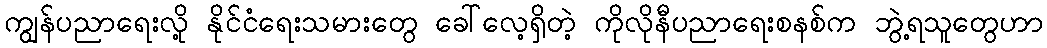
ကျွန်ပညာရေးလို့ နိုင်ငံရေးသမားတွေ ခေါ်လေ့ရှိတဲ့ ကိုလိုနီပညာရေးစနစ်က ဘွဲ့ရသူတွေဟာ